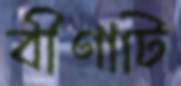
বীণাটি